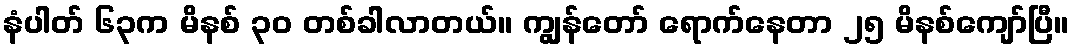
နံပါတ် ၆၃က မိနစ် ၃၀ တစ်ခါလာတယ်။ ကျွန်တော် ရောက်နေတာ ၂၅ မိနစ်ကျော်ပြီ။